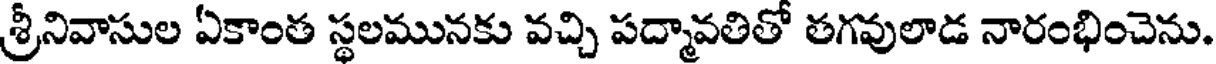
శ్రీనివాసుల ఏకాంత స్థలమునకు వచ్చి పద్మావతితో తగవులాడ నారంభించెను.